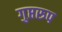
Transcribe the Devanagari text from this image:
गुप्तरुप